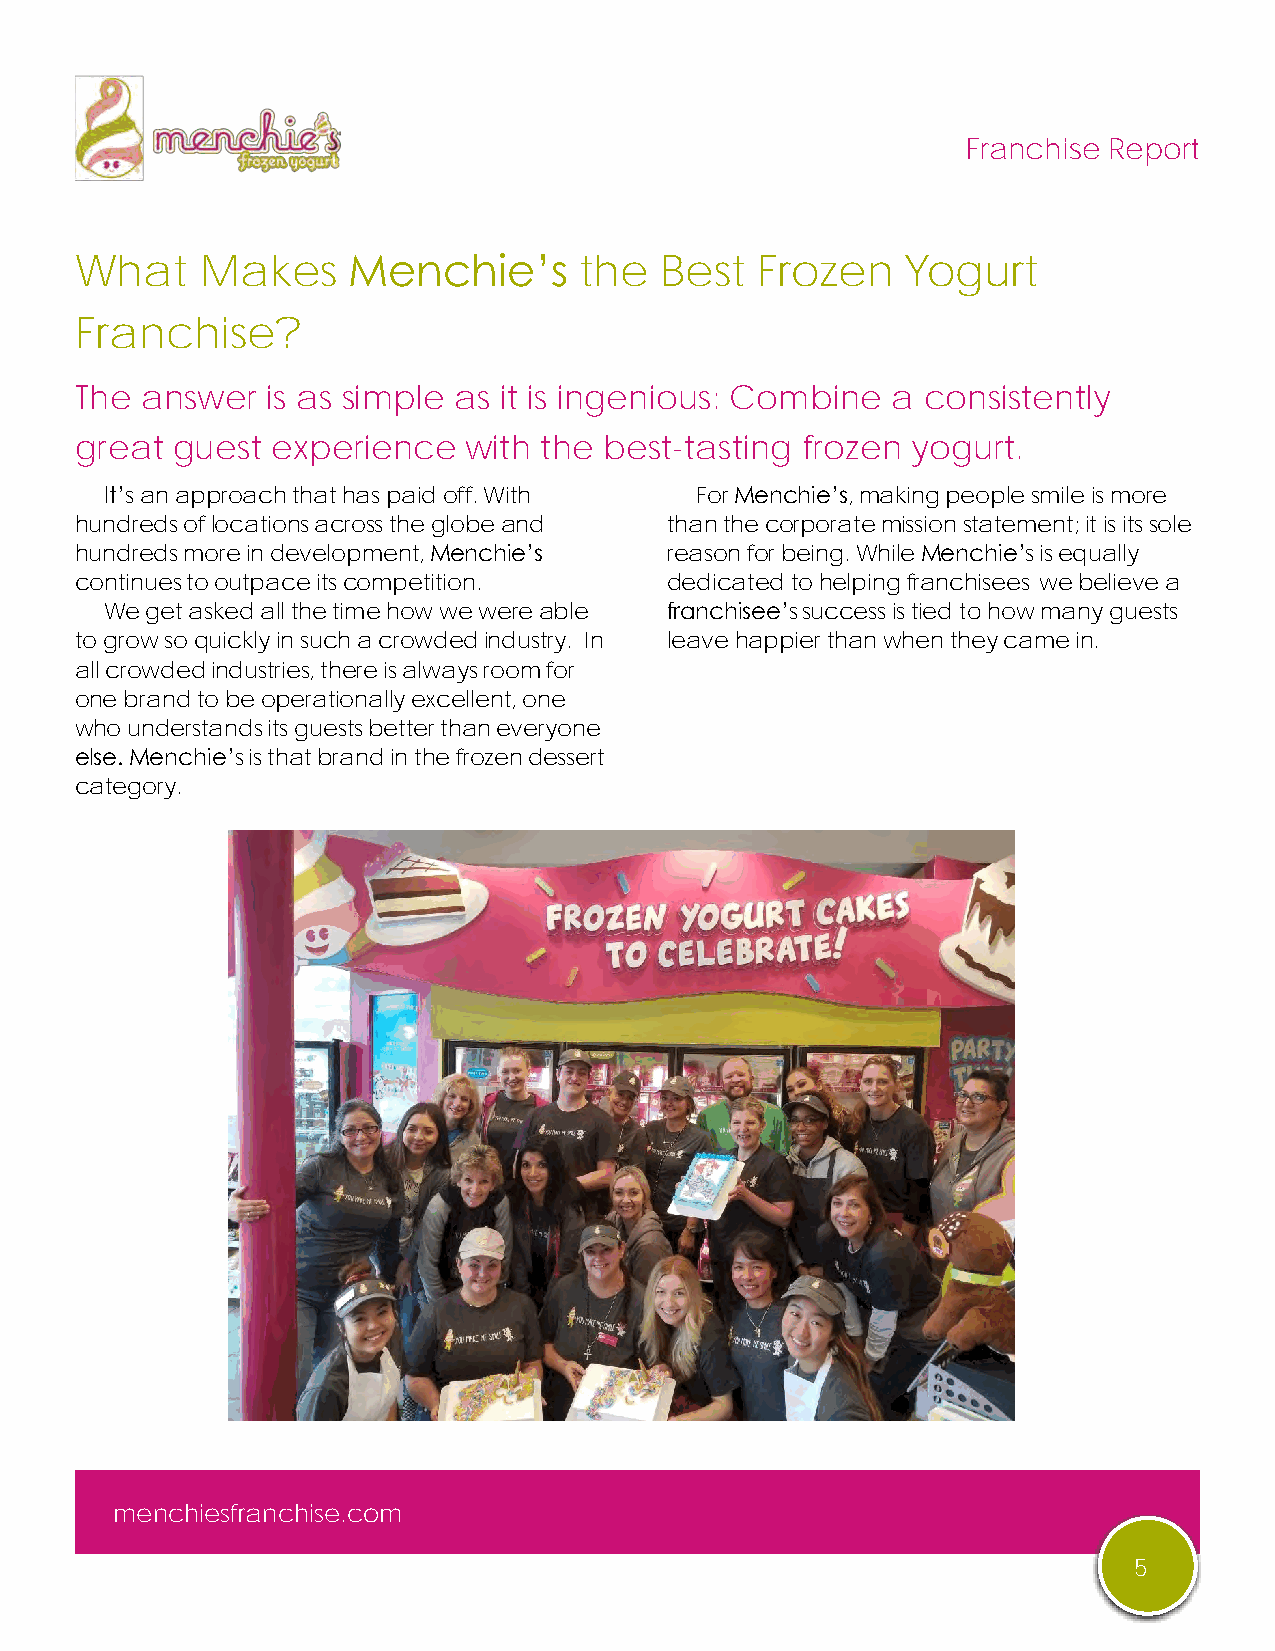
Franchise Report
 What    Makes     Menchie’s      the   Best  Frozen    Yogurt
 Franchise?
 The answer   is as simple as it is ingenious: Combine a consistently
 great guest  experience   with the best-tasting frozen yogurt.
 It’s an approach that has paid off. With For Menchie’s, making people smile is more
 hundreds of locations across the globe and than the corporate mission statement; it is its sole
 hundreds more in development, Menchie’s reason for being. While Menchie’s is equally
 continues to outpace its competition.  dedicated to helping franchisees we believe a
 We get asked all the time how we were able franchisee’s success is tied to how many guests
 to grow so quickly in such a crowded industry. In leave happier than when they came in.
 all crowded industries, there is always room for
 one brand to be operationally excellent, one
 who understands its guests better than everyone
 else. Menchie’s is that brand in the frozen dessert
 category.
 menchiesfranchise.com
 5